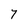
Character: 7